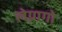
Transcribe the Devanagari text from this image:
लेग्नागो